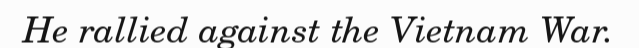
He rallied against the Vietnam War.